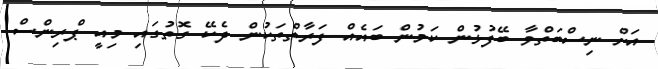
އަށް ނިސްބަތްވާ ބޭފުޅުން ކަމުން ބައެއް ފަރާތްތަކުން ދެކޭ ގޮތުގައި މިއީ ޕްރިންސް